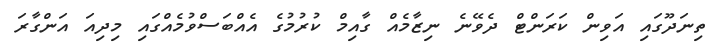
ތިނަދޫގައި އަވިން ކަރަންޓް ދެވޭނެ ނިޒާމެއް ގާއިމް ކުރުމުގެ އެއްބަސްވުމެއްގައި މިދިއަ އަންގާރަ